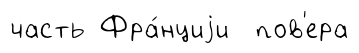
часть Фра́нциjи пов'ера